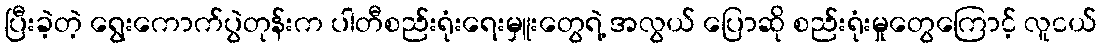
ပြီးခဲ့တဲ့ ရွေးကောက်ပွဲတုန်းက ပါတီစည်းရုံးရေးမှူးတွေရဲ့ အလွယ် ပြောဆို စည်းရုံးမှုတွေကြောင့် လူငယ်